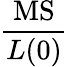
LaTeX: \frac{\mathrm{MS}}{L(0)}